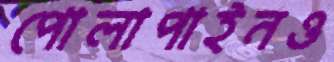
পোলাপাইনও